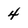
Character: 4